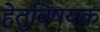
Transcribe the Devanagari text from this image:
हेतुविषयक